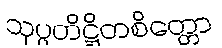
သုပ္ပတိဋ္ဌိတစိတ္တော